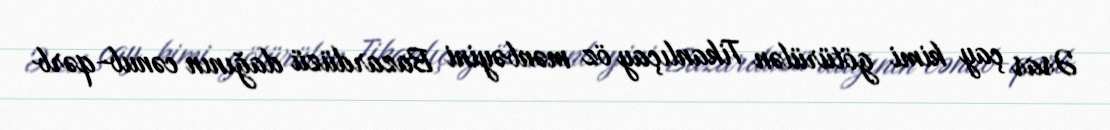
Əsas çay kimi götürülən Tikanlıçay öz mənbəyini Bazardüzü dağının cənub-qərb